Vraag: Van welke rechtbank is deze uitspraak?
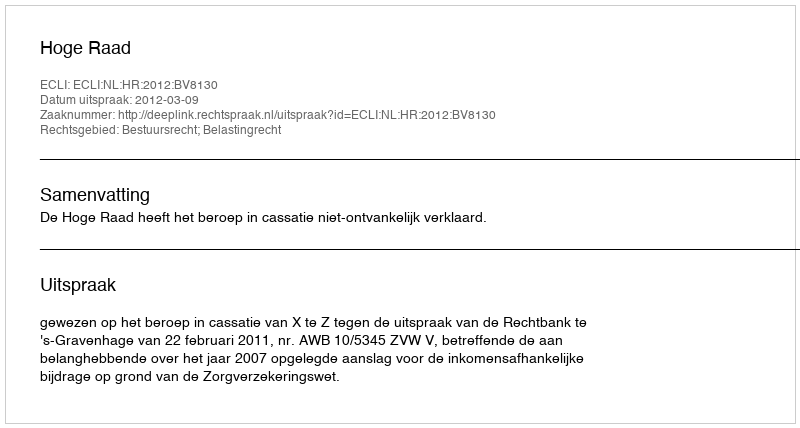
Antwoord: Hoge Raad